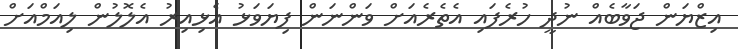
އިޒްޔަން ޖަވާބެއް ނުދީ ހުރެފައި އެތެރެއަށް ވަންނަން ފިޔަވަޅު އެޅިއިރު އެލޮލުން ލިއަމްއަށް